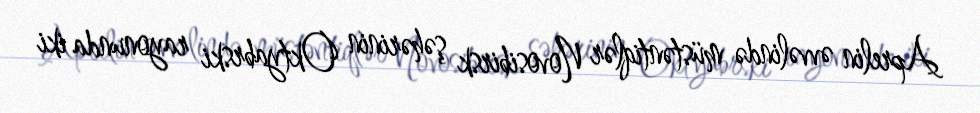
Aprelin əvvəlində müstəntiqlər Novosibirsk şəhərinin Oktyabrski rayonunda iki